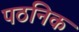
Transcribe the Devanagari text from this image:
पठनिक